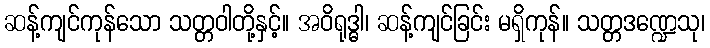
ဆန့်ကျင်ကုန်သော သတ္တဝါတို့နှင့်။ အဝိရုဒ္ဓါ၊ ဆန့်ကျင်ခြင်း မရှိကုန်။ သတ္တဒဏ္ဍေသု၊